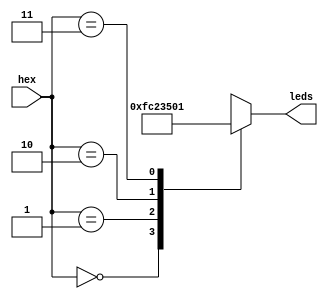
module hex7seg(hex, leds);
	
	input [1:0] hex;
	output reg [0:6] leds;

	always @(hex)
		case(hex)
			0: leds = 7'b1111110; //-
			1: leds = 7'b0001000; //alarm
			2: leds = 7'b1101010; //new
			3: leds = 7'b0000001; //open
		endcase

endmodule